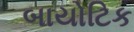
બાયોટિક